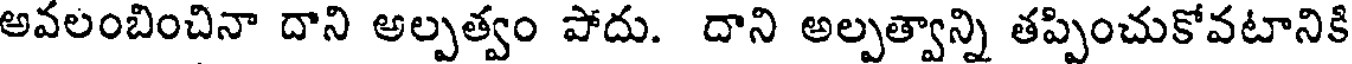
అవలంబించినా దాని అల్పత్వం పోదు. దాని అల్పత్వాన్ని తప్పించుకోవటానికి